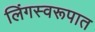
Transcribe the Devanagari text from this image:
लिंगस्वरूपात